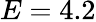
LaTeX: E=4.2